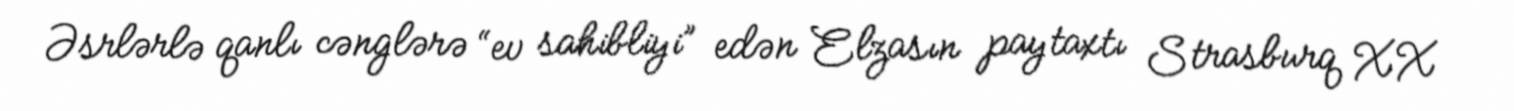
Əsrlərlə qanlı cənglərə “ev sahibliyi” edən Elzasın paytaxtı Strasburq XX